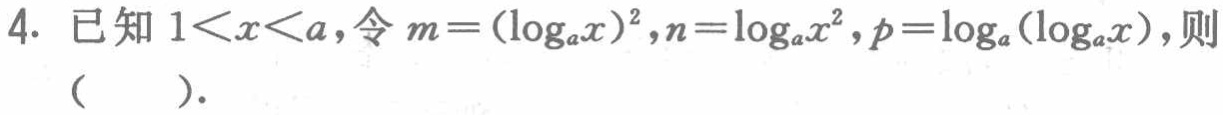
4. 已知 \(1 < x < a\)，令 \(m = (\log_{a}x)^{2}\)，\(n=\log_{a}x^{2}\)，\(p = \log_{a}(\log_{a}x)\)，则（  ）.